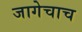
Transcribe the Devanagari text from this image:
जागेचाच